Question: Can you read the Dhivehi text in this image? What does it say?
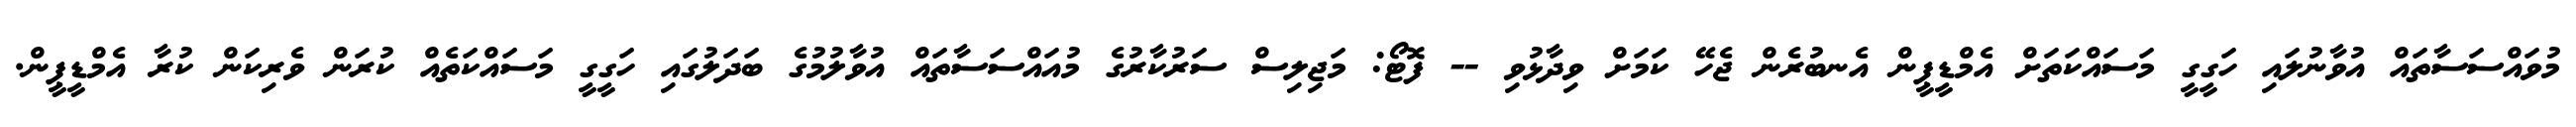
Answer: މުވައްސަސާތައް އުވާނުލައި ހަގީގީ މަސައްކަތަށް އެމްޑީޕީން އެނބުރެން ޖެހޭ ކަމަށް ވިދާޅުވި -- ފޮޓޯ: މަޖިލިސް ސަރުކާރުގެ މުއައްސަސާތައް އުވާލުމުގެ ބަދަލުގައި ހަގީގީ މަސައްކަތެއް ކުރަން ވެރިކަން ކުރާ އެމްޑީޕީން.